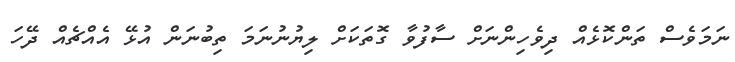
ނަމަވެސް ތަންކޮޅެއް ދިވެހިންނަށް ސާފުވާ ގޮތަކަށް ލިޔުނުނަމަ ތިބުނަން އުޅޭ އެއްޗެއް ދޭހަ